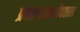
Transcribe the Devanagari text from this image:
प्रकल्पासभोवताल